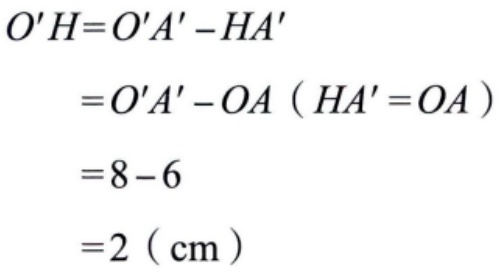
\[
\begin{align*}
O'H&=O'A'-HA'\\
&=O'A'-OA\ (\text{HA}' = OA)\\
&=8 - 6\\
&=2\ (\text{cm})
\end{align*}
\]